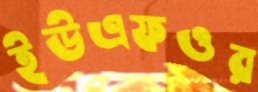
ইউএফওর